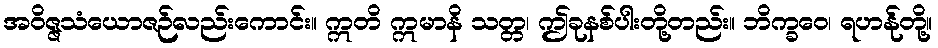
အဝိဇ္ဇသံယောဇဉ်လည်းကောင်း။ ဣတိ ဣမာနိ သတ္တ၊ ဤခုနစ်ပါးတို့တည်း။ ဘိက္ခဝေ၊ ရဟန်ုတို့။